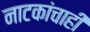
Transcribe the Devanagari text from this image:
नाटकांचाही